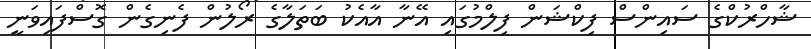
ޝާހްރުކްގެ ސައިންސް ފިކްޝަން ފިލްމުގައި އޭނާ އާއެކު ބަތަލާގެ ރޯލުން ފެނިގެން ގޮސްފައިވަނީ